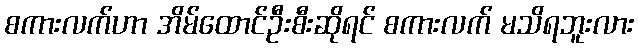
စကားလက်ဟာ အိမ်ထောင်ဦးစီးဆိုရင် စကားလက် မသိရဘူးလား